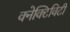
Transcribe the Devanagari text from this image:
क्नेक्टिविटी